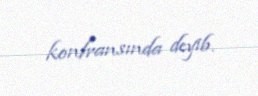
konfransında deyib.